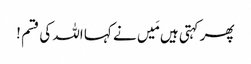
پھر کہتی ہیں مَیں نے کہا اللہ کی قسم !